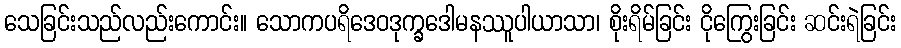
သေခြင်းသည်လည်းကောင်း။ သောကပရိဒေဝဒုက္ခဒေါမနဿူပါယာသာ၊ စိုးရိမ်ခြင်း ငိုကြွေးခြင်း ဆင်းရဲခြင်း